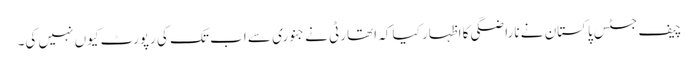
چیف جسٹس پاکستان نے ناراضگی کا اظہار کیا کہ اتھارٹی نے جنوری سے اب تک کی رپورٹ کیوں نہیں کی۔